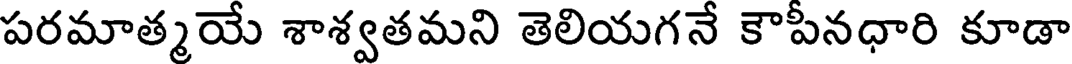
పరమాత్మయే శాశ్వతమని తెలియగనే కౌపీనధారి కూడా